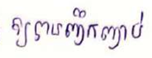
ឲបានញឹកញាប់